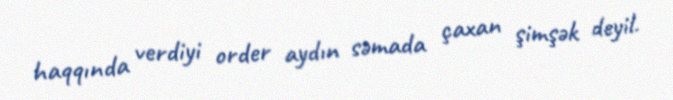
haqqında verdiyi order aydın səmada çaxan şimşək deyil.